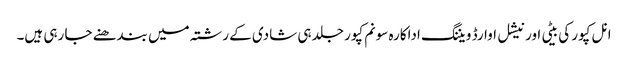
انل کپور کی بیٹی اور نیشل اوارڈ ویننگ اداکارہ سونم کپور جلد ہی شادی کے رشتہ میں بندھنے جا رہی ہیں۔